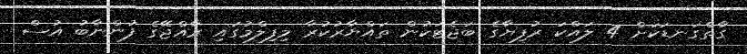
ގާތްގަނޑަކަށް 4 ލައްކަ ރުފިޔާގެ ބަޖެޓަކުން ތައްޔާރުކުރާ މިފިލްމުގައި ރާއްޖޭގެ ފުންނާބު އުސް